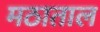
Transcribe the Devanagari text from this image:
मठाताल